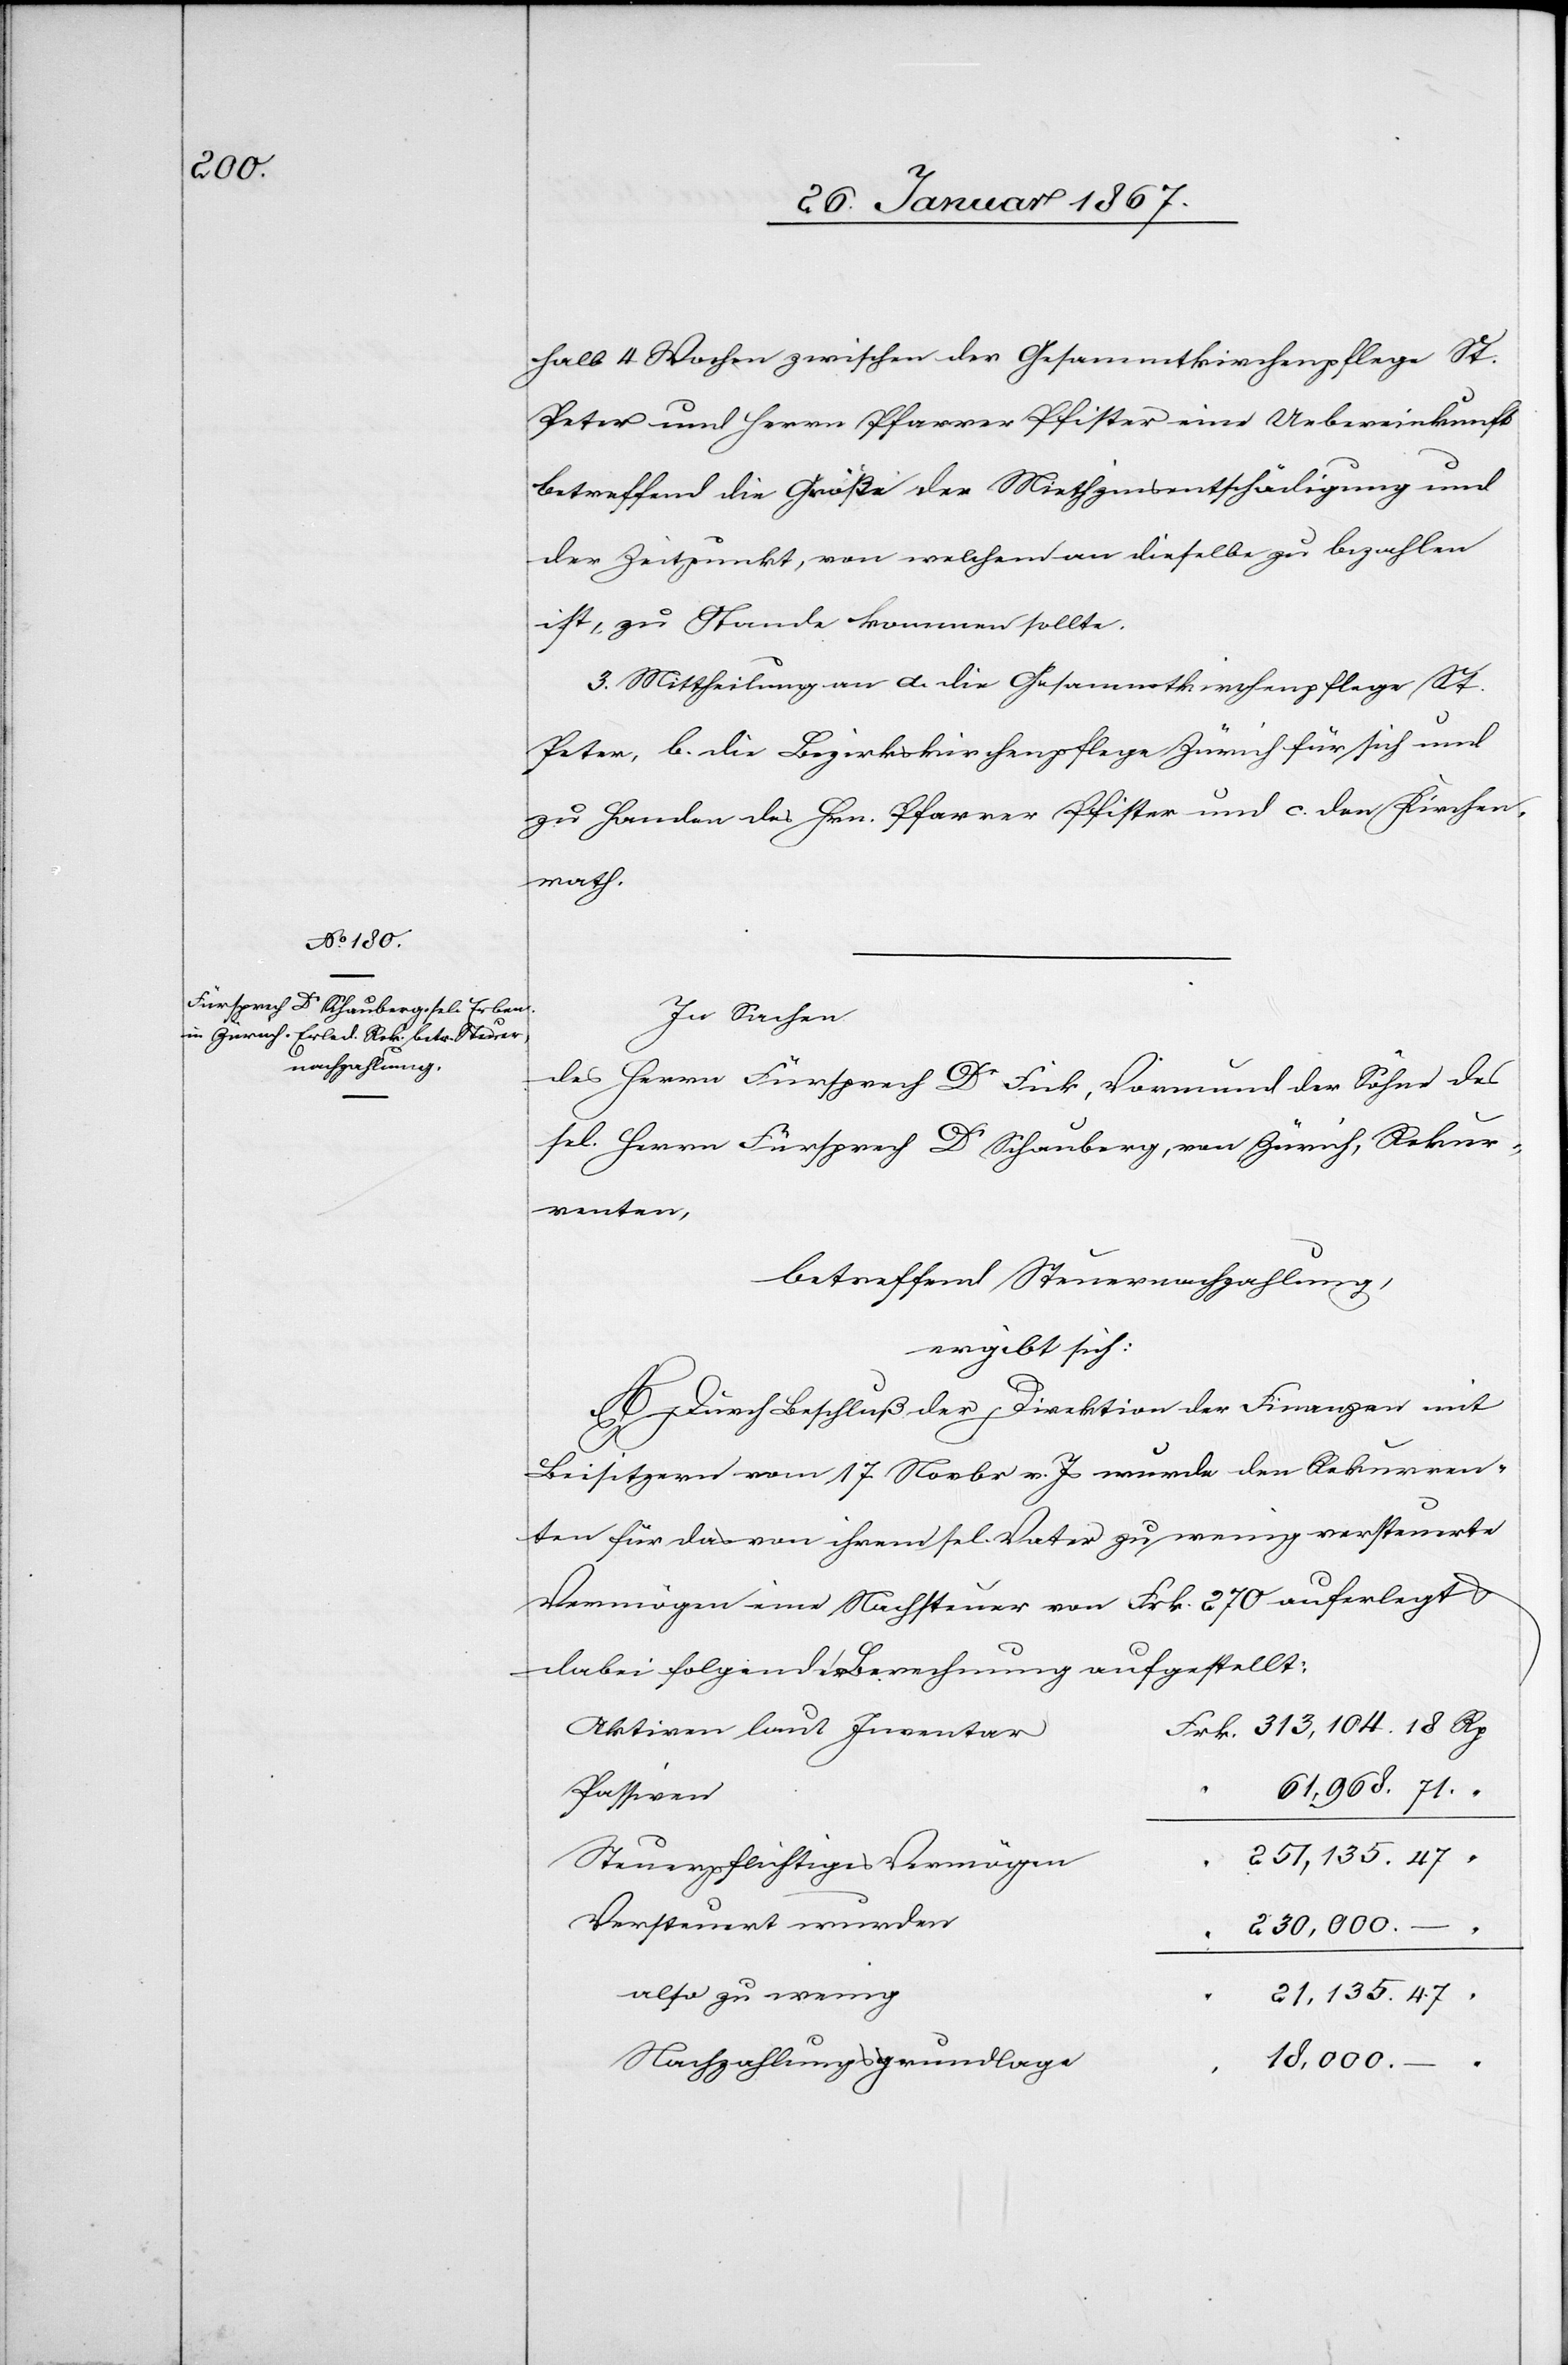
halb 4 Wochen zwischen der Gesammtkirchenpflege St.
Peter und Herrn Pfarrer Pfister eine Uebereinkunft
betreffend die Größe der Miethzinsentschädigung und
der Zeitpunkt, von welchem an dieselbe zu bezahlen
ist, zu Stande kommen sollte.
3. Mittheilung an a. die Gesammtkirchenpflege St.
Peter, b. die Bezirkskirchenpflege Zürich für sich und
zu Handen des Hrn. Pfarrer Pfister und c. den Kirchen¬
rath.
In Sachen
des Herrn Fürsprech Dr Fick, Vormund der Söhne des
sel. Herrn Fürsprech Dr Schauberg, von Zürich, Rekur¬
renten,
betreffend Steuernachzahlung,
ergibt sich:
A. Durch Beschluß der Direktion der Finanzen mit
Beisitzern vom 17. Novbr v. Js wurde den Rekurren¬
ten für das von ihrem sel. Vater zu wenig versteuerte
Vermögen eine Nachsteuer von Frk. 270 auferlegt &
dabei folgende Berechnung aufgestellt:
Aktien laut Inventar:
61,968. 71	 “
21,135. 47
Steuerpflichtiges Vermögen
Versteuert wurden
“	230,000.
18,000.
Nachzahlungsgrundlage